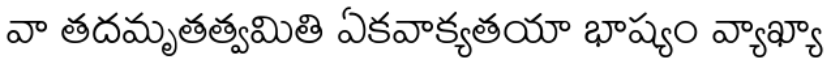
వా తదమృతత్వమితి ఏకవాక్యతయా భాష్యం వ్యాఖ్యా